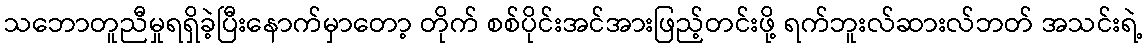
သဘောတူညီမှုရရှိခဲ့ပြီးနောက်မှာတော့ တိုက် စစ်ပိုင်းအင်အားဖြည့်တင်းဖို့ ရက်ဘူးလ်ဆားလ်ဘတ် အသင်းရဲ့